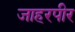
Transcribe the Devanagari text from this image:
जाहरपीर